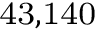
^ \mathrm { 4 3 , 1 4 0 }